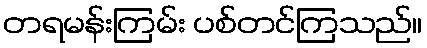
တရမန်းကြမ်း ပစ်တင်ကြသည်။